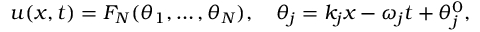
u ( x , t ) = F _ { N } ( \theta _ { 1 } , \dots , \theta _ { N } ) , \quad \theta _ { j } = k _ { j } x - \omega _ { j } t + \theta _ { j } ^ { 0 } ,